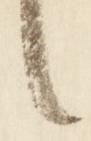
言